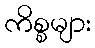
ကိစ္စများ